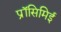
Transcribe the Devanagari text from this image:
प्रॉसिमिई